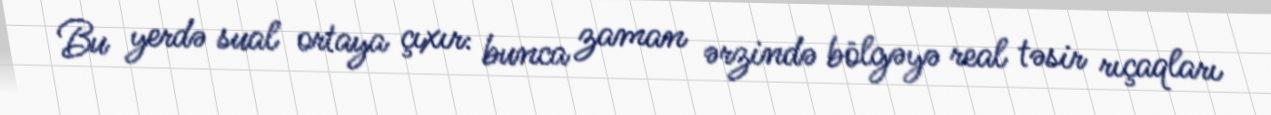
Bu yerdə sual ortaya çıxır: bunca zaman ərzində bölgəyə real təsir rıçaqları